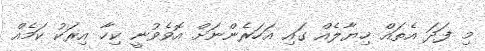
މި ފަދަ އެތައް ޚިޔާލެއް ގައި އަހަރެންނަށް އޮވެވުނީ ކިހާ އިރަކު ކަމެއް